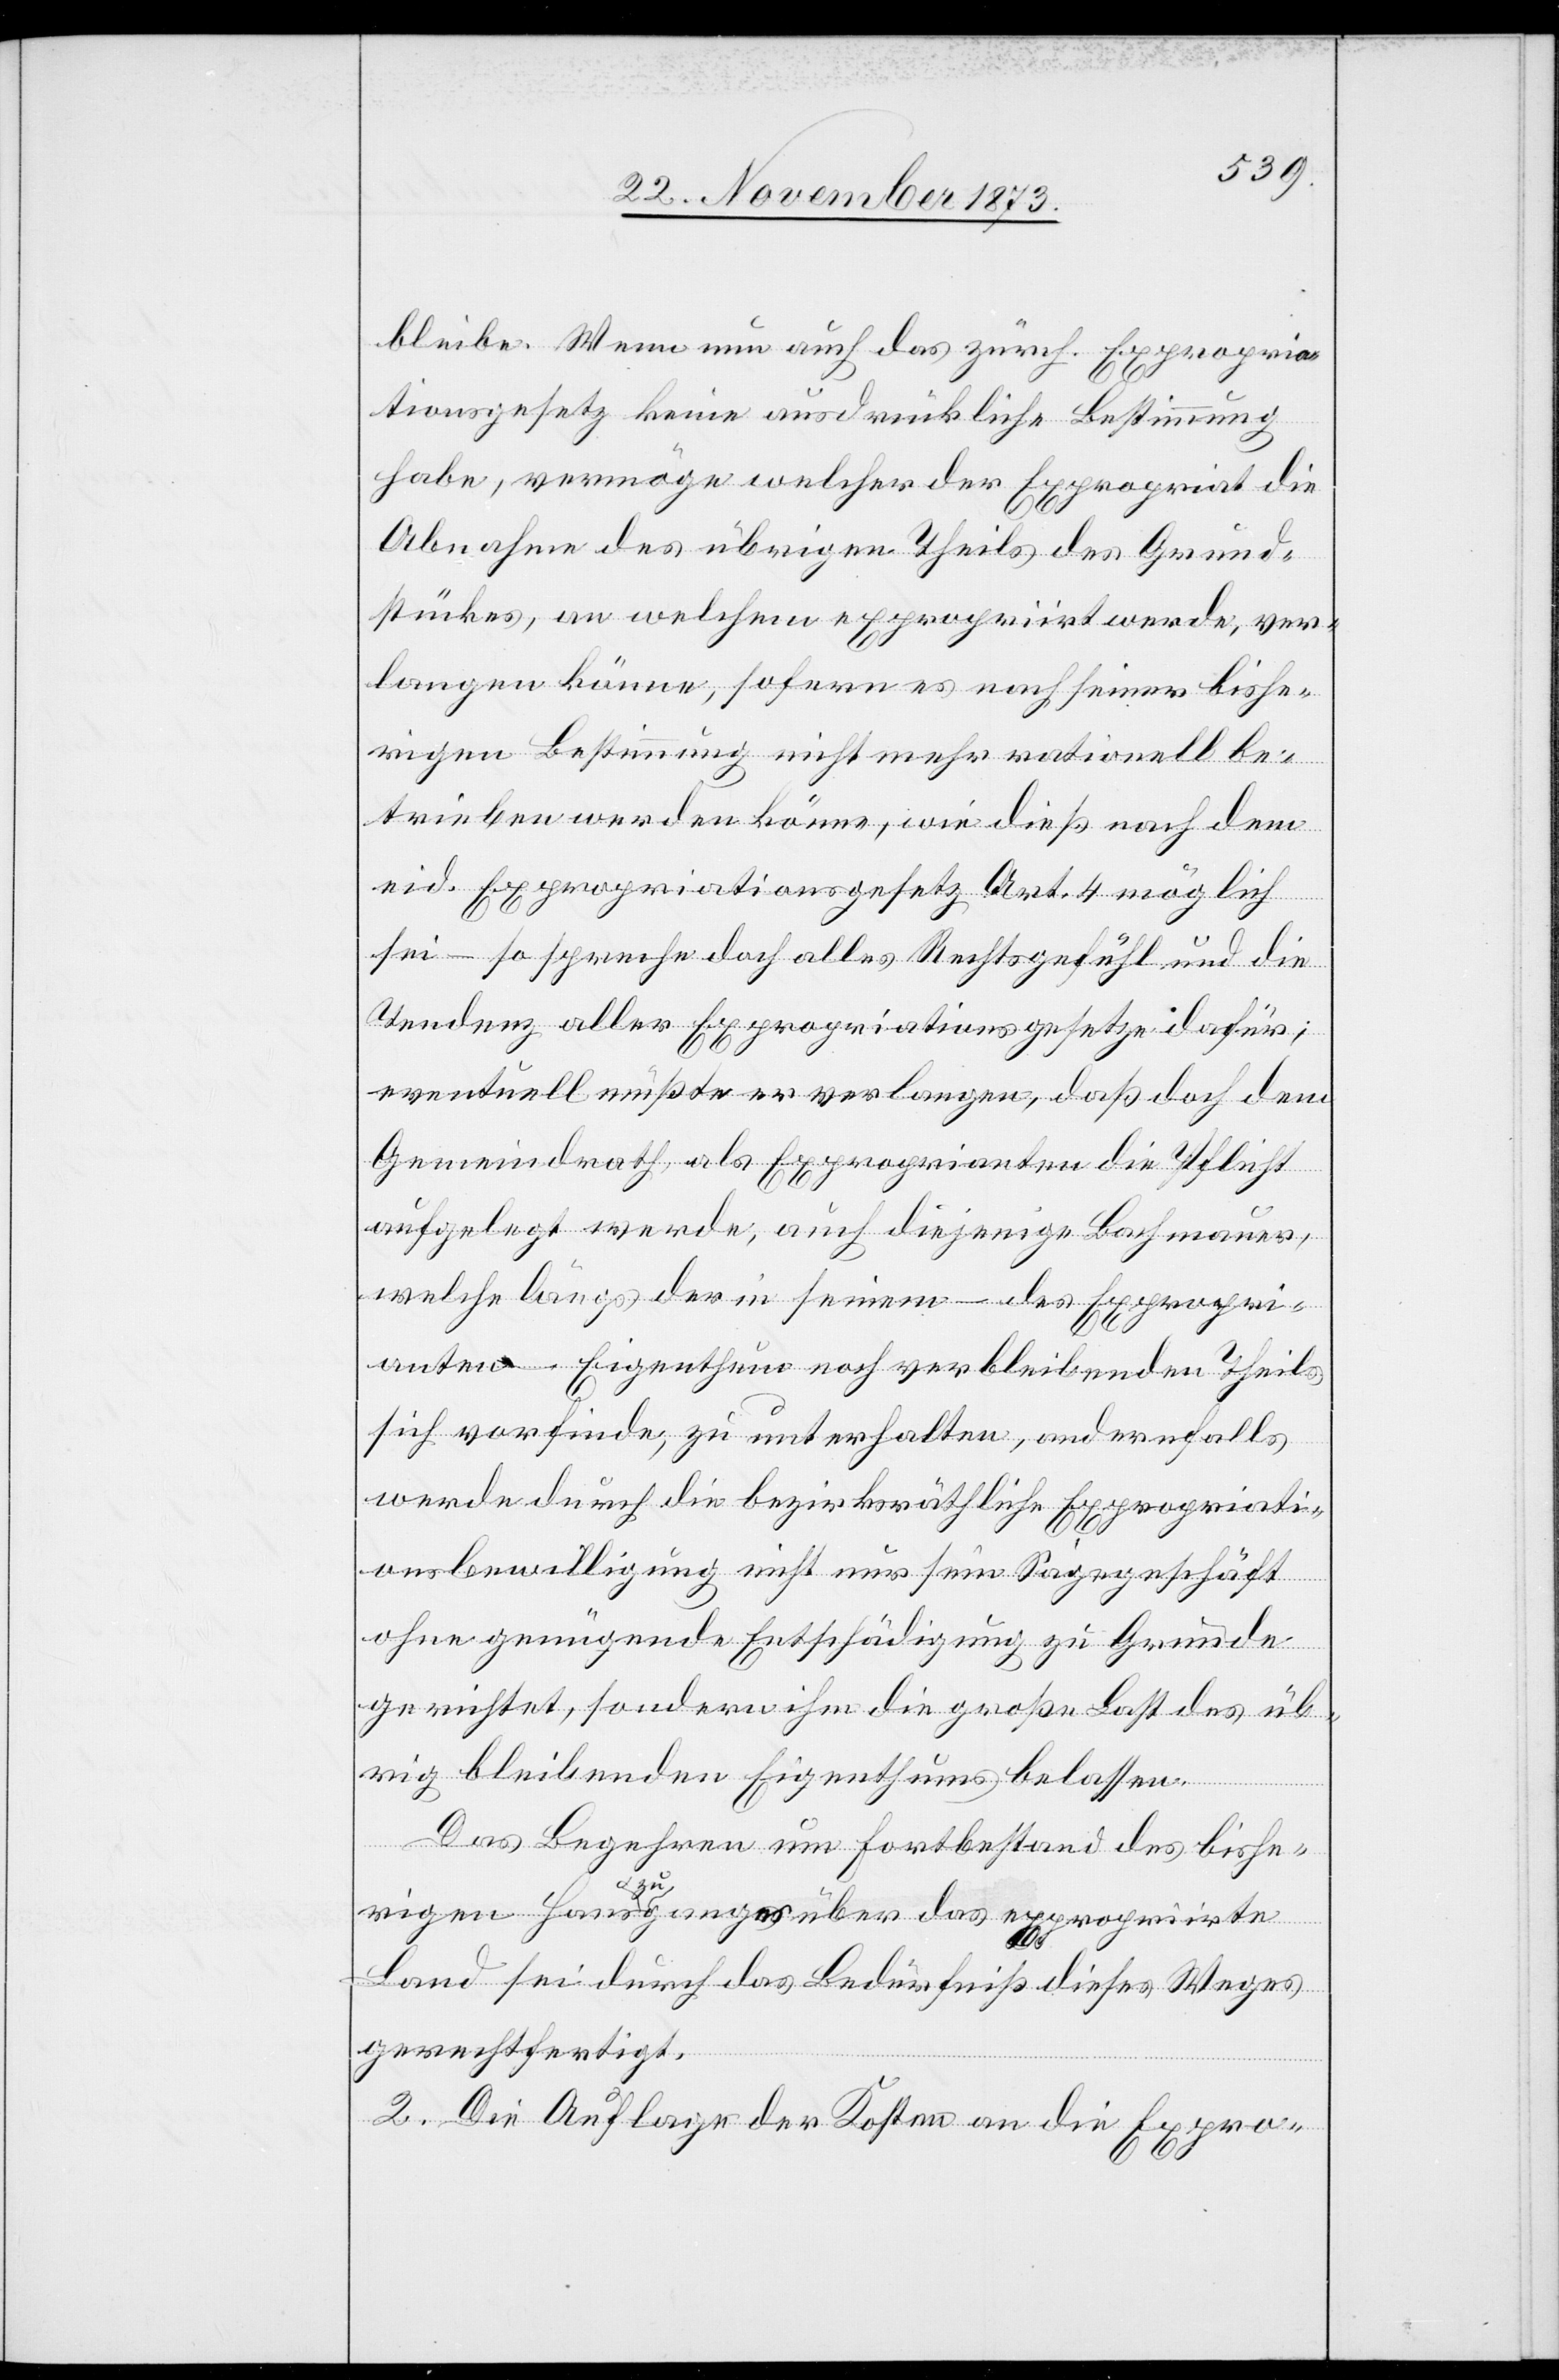
bleibe. Wenn nun auch das zürch. Expropria¬
tionsgesetz keine ausdrückliche Bestimmung
habe, vermöge welcher der Expropriat die
Abnahme des übrigen Theils des Grund¬
stückes, an welchem expropriirt werde, ver¬
langen könne, sofern es nach seiner bishe¬
rigen Bestimmung nicht mehr rationell be¬
trieben werden könne, wie dieß nach dem
eid. Expropriationsgesetz Art. 4 möglich
sei – so spreche doch alles Rechtsgefühl und die
Tendenz aller Expropriationsgesetze dafür;
eventuell müßte er verlangen, daß doch dem
Gemeindrath, als Exproprianten die Pflicht
aufgelegt werde, auch diejenige Bachmauer,
welche längs der in seinem – des Expropri¬
anten – Eigenthum noch verbleibenden Theils
sich vorfinde, zu unterhalten, andernfalls
werde durch die bezirksräthliche Expropriati¬
onsbewilligung nicht nur sein Sägegeschäft
ohne genügende Entschädigung zu Grunde
gerichtet, sondern ihm die große Last des üb¬
rig bleibenden Eigenthums belassen.
Das Begehren um Fortbestand des bishe¬
rigen Hauszuganges über das expropriirte
Land sei durch das Bedürfniß dieses Weges
gerechtfertigt.
2. Die Auflage der Kosten an die Expro-